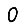
Digit: 0